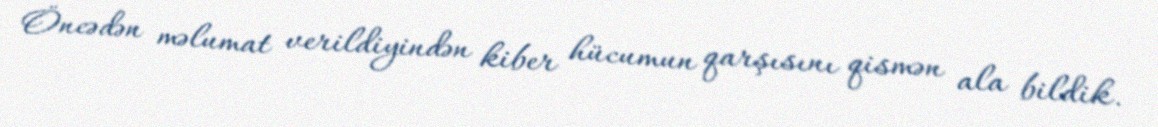
Öncədən məlumat verildiyindən kiber hücumun qarşısını qismən ala bildik.